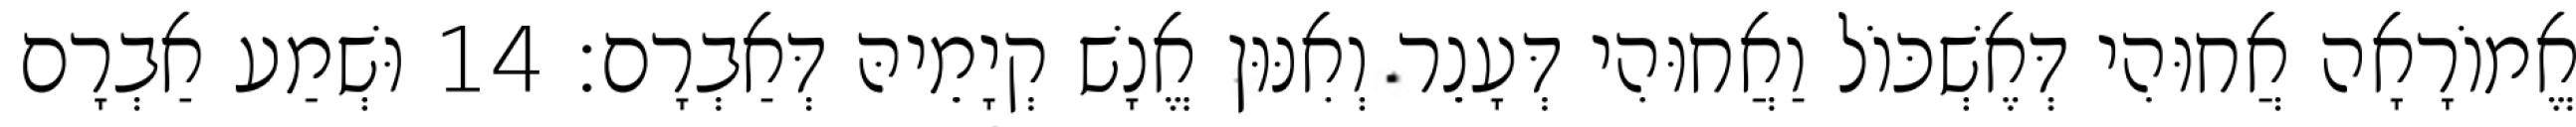
אֱמוֹרָאָה אֲחוּהִי דְּאֶשְׁכּוֹל וַאֲחוּהִי דְּעָנֵר וְאִנּוּן אֱנָשׁ קְיָמֵיהּ דְּאַבְרָם׃ 14 וּשְׁמַע אַבְרָם